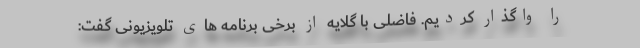
را واگذار کردیم. فاضلی با گلایه از برخی برنامه های تلویزیونی گفت: